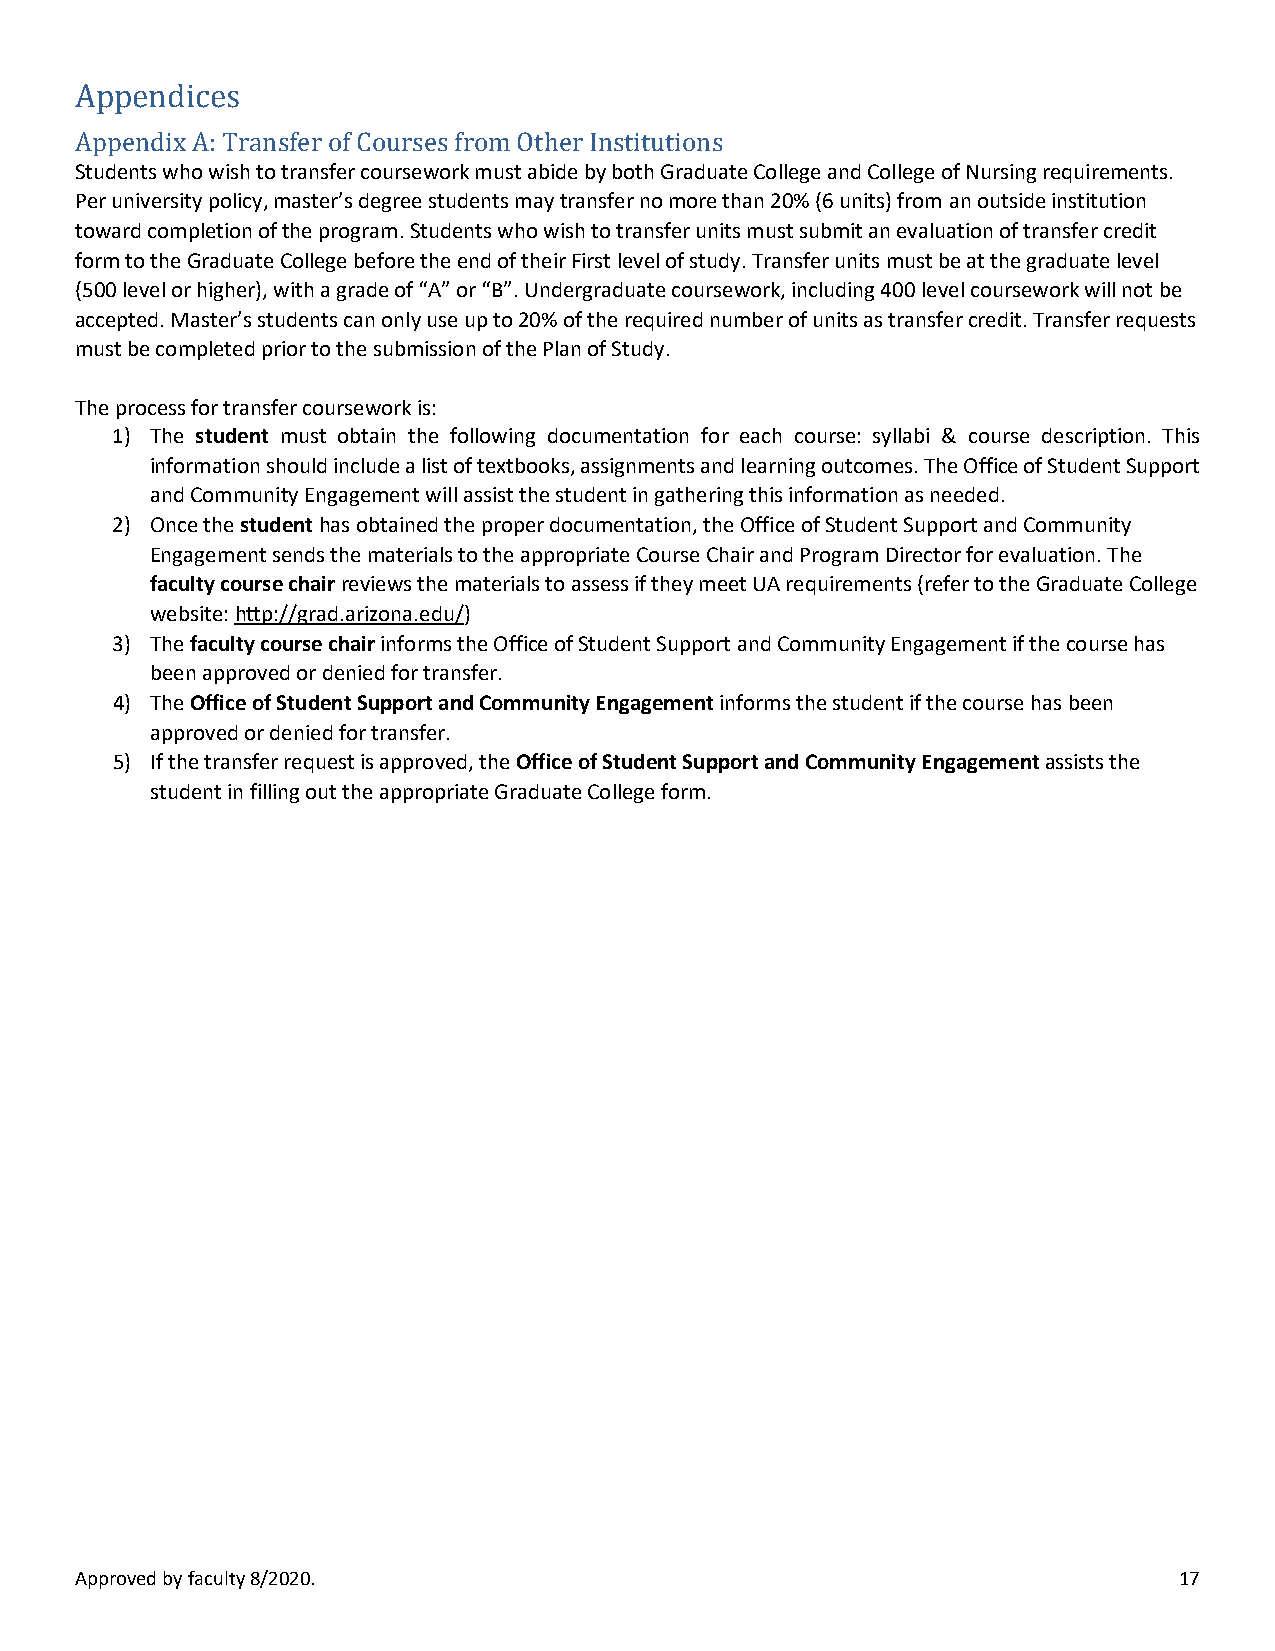
Appendices
 Students who wish to transfer coursework must abide by both Graduate College and College of Nursing requirements.
 APepr puennivderisxit Ay p: oTlircayn, msfaesrte or’fs Cdeogurresee sstu fdreonmts mOathy etrra nInsfsetri ntuo tmioonres than 20% (6 units) from an outside institution
 toward completion of the program. Students who wish to transfer units must submit an evaluation of transfer credit
 form to the Graduate College before the end of their First level of study. Transfer units must be at the graduate level
 (500 level or higher), with a grade of “A” or “B”. Undergraduate coursework, including 400 level coursework will not be
 accepted. Master’s students can only use up to 20% of the required number of units as transfer credit. Transfer requests
 must be completed prior to the submission of the Plan of Study.
 The process for transfer coursework is:
 1) The student must obtain the following documentation for each course: syllabi & course description. This
 information should include a list of textbooks, assignments and learning outcomes. The Office of Student Support
 and Community Engagement will assist the student in gathering this information as needed.
 2) Once the student has obtained the proper documentation, the Office of Student Support and Community
 Engagement sends the materials to the appropriate Course Chair and Program Director for evaluation. The
 faculty course chair reviews the materials to assess if they meet UA requirements (refer to the Graduate College
 website: http://grad.arizona.edu/)
 3) The faculty course chair informs the Office of Student Support and Community Engagement if the course has
 been approved or denied for transfer.
 4) The Office of Student Support and Community Engagement informs the student if the course has been
 approved or denied for transfer.
 5) If the transfer request is approved, the Office of Student Support and Community Engagement assists the
 student in filling out the appropriate Graduate College form.
 Approved by faculty 8/2020.                                              17